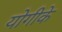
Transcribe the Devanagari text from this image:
योगीके